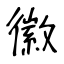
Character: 徽